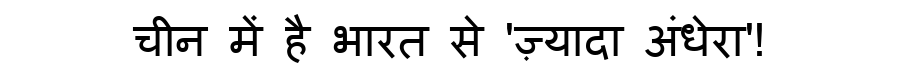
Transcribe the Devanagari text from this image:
चीन में है भारत से 'ज़्यादा अंधेरा'!